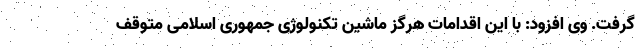
گرفت. وی افزود: با این اقدامات هرگز ماشین تکنولوژی جمهوری اسلامی متوقف